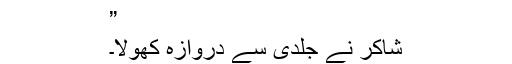
”
شاکر نے جلدی سے دروازہ کھولا۔